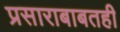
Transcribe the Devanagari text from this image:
प्रसाराबाबतही